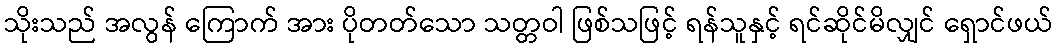
သိုးသည် အလွန် ကြောက် အား ပိုတတ်သော သတ္တဝါ ဖြစ်သဖြင့် ရန်သူနှင့် ရင်ဆိုင်မိလျှင် ရှောင်ဖယ်